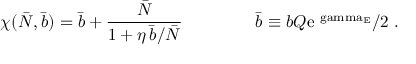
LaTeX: \chi ( \bar { N } , \bar { b } ) = \bar { b } + \frac { \bar { N } } { 1 + \eta \, \bar { b } / \bar { N } } \; \qquad \qquad \bar { b } \equiv b Q \mathrm { e ^ { \ g a m m a _ { E } } } / 2 \; .